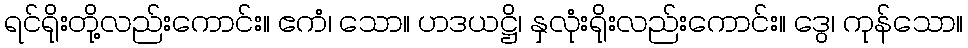
ရင်ရိုးတို့လည်းကောင်း။ ဧကံ၊ သော။ ဟဒယဋ္ဌိ၊ နှလုံးရိုးလည်းကောင်း။ ဒွေ၊ ကုန်သော။